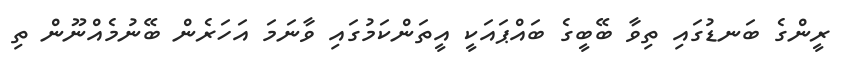
ރީންގެ ބަނޑުގައި ތިވާ ބޭބީގެ ބައްޕައަކީ އީތަންކަމުގައި ވާނަމަ އަހަރެން ބޭނުމެއްނޫން ތި